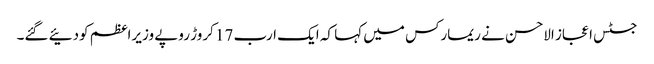
جسٹس اعجاز الاحسن نے ریمارکس میں کہا کہ ایک ارب 17 کروڑ روپے وزیراعظم کودئیے گئے۔